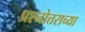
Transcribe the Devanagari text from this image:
प्रश्नोत्तराच्या